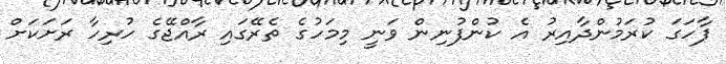
ފާހަގަ ކުރަމުންދާއިރު އެ ކުންފުނިން ވަނީ މިމަހުގެ ތެރޭގައި ރާއްޖޭގެ ހުރިހާ ރަށަކަށް